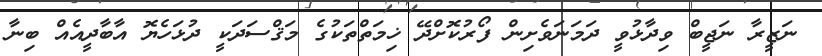
ނަޒީރާ ނަޖީބް ވިދާޅުވީ ދަމަނަވެށިން ފޯރުކޮށްދޭ ޚިމަތްތަކުގެ މަޤްސަދަކީ ދުޅަހެޔޮ އާބާދީއެއް ބިނާ